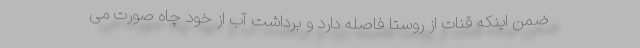
ضمن اینکه قنات از روستا فاصله دارد و برداشت آب از خود چاه صورت می